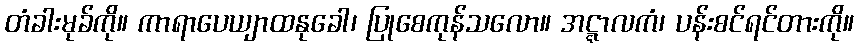
တံခါးမုခ်ကို။ ကာရာပေယျာထနုခေါ၊ ပြုစေကုန်သလော။ အဋ္ဋာလကံ၊ ပန်းစင်ရင်တားကို။